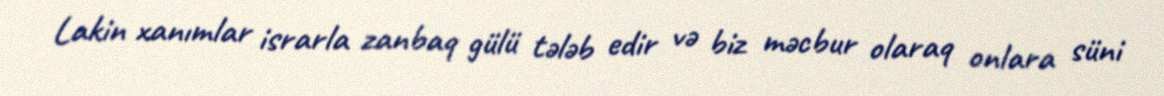
Lakin xanımlar israrla zanbaq gülü tələb edir və biz məcbur olaraq onlara süni